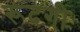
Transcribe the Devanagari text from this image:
रूदगी